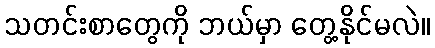
သတင်းစာတွေကို ဘယ်မှာ တွေ့နိုင်မလဲ။